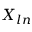
X _ { l n }